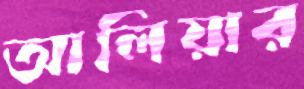
আলিয়ার